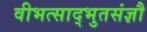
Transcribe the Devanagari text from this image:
वीभत्साद्भुतसंज्ञौ